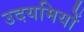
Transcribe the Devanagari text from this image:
उदयमियों